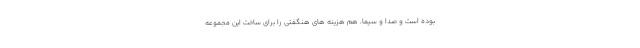
بوده است و صدا و سیما، هم هزینه های هنگفتی را برای ساخت این مجموعه